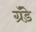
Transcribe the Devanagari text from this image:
ग्रॅंडे